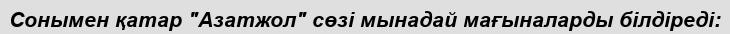
Сонымен қатар "Азатжол" сөзі мынадай мағыналарды білдіреді: